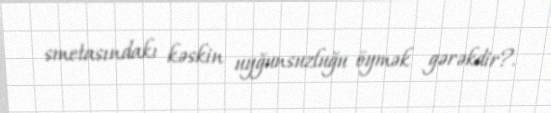
smetasındakı kəskin uyğunsuzluğu öymək gərəkdir?.